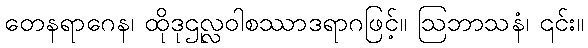
တေနရာဂေန၊ ထိုဒုဌုလ္လဝါစဿာဒရာဂဖြင့်။ ဩဘာသနံ၊ ၎င်း။